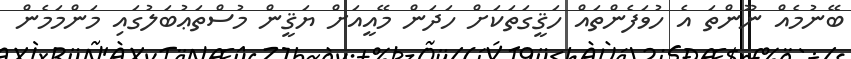
ބޭނުމެއް ނޫންތަ އެ ހުވަފެންތައް ހަޤީގަތަކަށް ހަދަން މޭއީއަށް ޔަޤީން މުސްތަޢުބަލުގައި މަންމަމެން